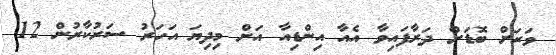
ވަރަށް ބޮޑަށް ދަރާފައިވާ އެއާ އިންޑިއާ އަށް މިދިޔަ އަހަރު ސަރުކާރުން 12